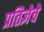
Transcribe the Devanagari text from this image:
प्रतिज्ञेचे